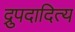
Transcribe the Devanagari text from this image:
द्रुपदादित्य